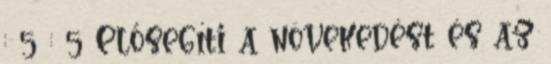
: 5 : 5 Elősegíti a növekedést és az